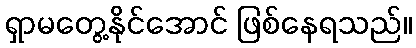
ရှာမတွေ့နိုင်အောင် ဖြစ်နေရသည်။